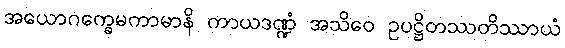
အယောဂက္ခေမကာမာနိ ကာယဒဏ္ဍံ အသိဝေ ဥပဋ္ဌိတဿတိဿာယံ